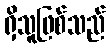
ရှိသူဖြစ်သည်